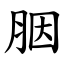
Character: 胭